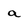
Character: a